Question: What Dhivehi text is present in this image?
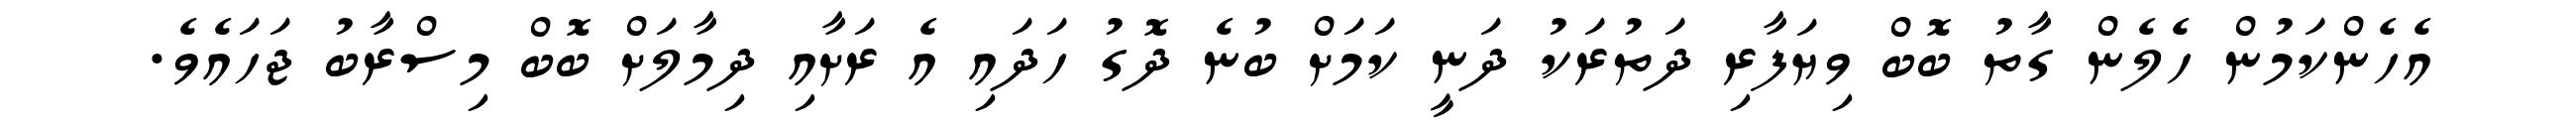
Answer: އެހެންކަމުން ހެލެން ގާތު ބޮބް ވިޔަފާރި ދަތުރަކު ދަނީ ކަމަށް ބުނެ ދޮގު ހަދައި އެ ރަށާއި ދިމާލަށް ބޮބް މިސްރާބު ޖަހައެވެ.